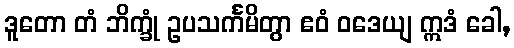
ဒူတော တံ ဘိက္ခုံ ဥပသင်္ကမိတွာ ဧဝံ ဝဒေယျ ဣဒံ ခေါ,